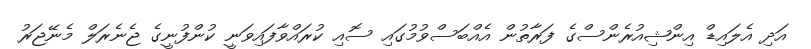
އަދި އެލައިޑް އިންޝިއުރެންސްގެ ފަރާތުން އެއްބަސްވުމުގައި ސޮއި ކުރައްވާފައިވަނީ ކުންފުނީގެ ޖެނެރަލް މެނޭޖަރު